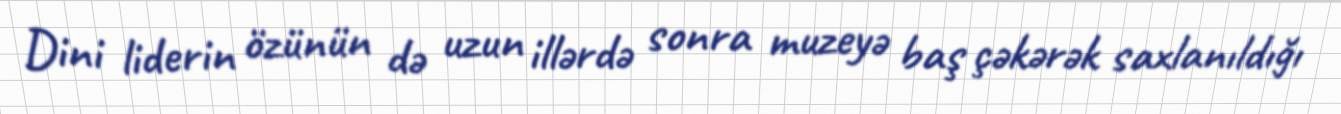
Dini liderin özünün də uzun illərdə sonra muzeyə baş çəkərək saxlanıldığı